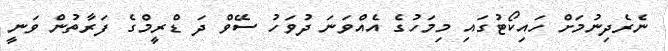
ނެރެދިނުމަށް ހައިކޯޓުގައި މިމަހުގެ އެއްވަނަ ދުވަހު ސޭވް ދަ ޑްރީމްގެ ފަރާތުން ވަނީ